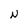
Character: N